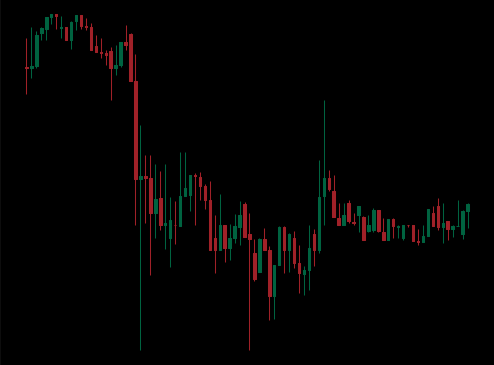
Pattern: unclassified